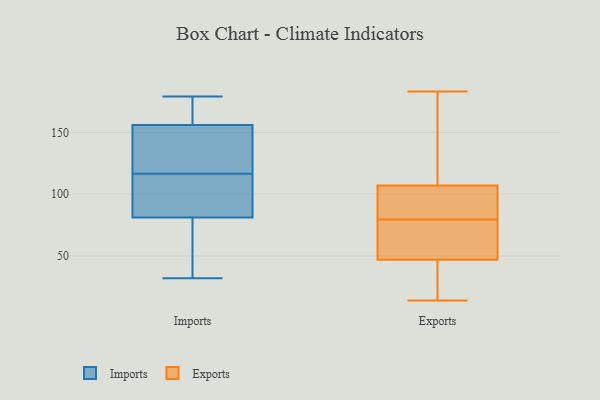
{"axis": {"x": "LTV (USD)", "y": "Value"}, "legend": ["Exports", "Imports"], "data": [{"x": "", "y": 148, "type": "Imports"}, {"x": "", "y": 179, "type": "Imports"}, {"x": "", "y": 131, "type": "Imports"}, {"x": "", "y": 102, "type": "Imports"}, {"x": "", "y": 97, "type": "Imports"}, {"x": "", "y": 96, "type": "Imports"}, {"x": "", "y": 32, "type": "Imports"}, {"x": "", "y": 62, "type": "Imports"}, {"x": "", "y": 66, "type": "Imports"}, {"x": "", "y": 164, "type": "Imports"}, {"x": "", "y": 135, "type": "Imports"}, {"x": "", "y": 173, "type": "Imports"}, {"x": "", "y": 107, "type": "Exports"}, {"x": "", "y": 183, "type": "Exports"}, {"x": "", "y": 61, "type": "Exports"}, {"x": "", "y": 47, "type": "Exports"}, {"x": "", "y": 77, "type": "Exports"}, {"x": "", "y": 121, "type": "Exports"}, {"x": "", "y": 107, "type": "Exports"}, {"x": "", "y": 14, "type": "Exports"}, {"x": "", "y": 45, "type": "Exports"}, {"x": "", "y": 82, "type": "Exports"}]}